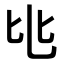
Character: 𬼚